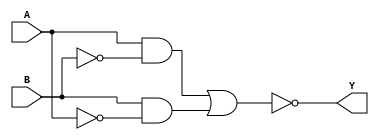
module XOR_gate(input A, input B, output Y);

  wire not_A, not_B;
  wire pass_gate_A, pass_gate_B;

  assign not_A = ~A;
  assign not_B = ~B;

  assign pass_gate_A = A & not_B;
  assign pass_gate_B = B & not_A;

  assign Y = ~(pass_gate_A | pass_gate_B);

endmodule